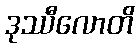
ဒုဿီလောတိ